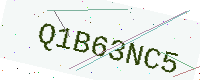
Text: Q1B63NC5